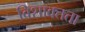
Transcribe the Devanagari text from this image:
विशाक्तता